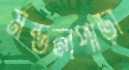
মন্ডলপাড়া